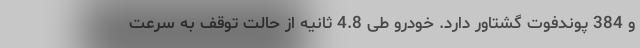
و 384 پوندفوت گشتاور دارد. خودرو طی 4.8 ثانیه از حالت توقف به سرعت